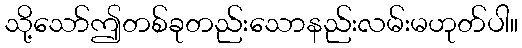
သို့သော်ဤတစ်ခုတည်းသောနည်းလမ်းမဟုတ်ပါ။